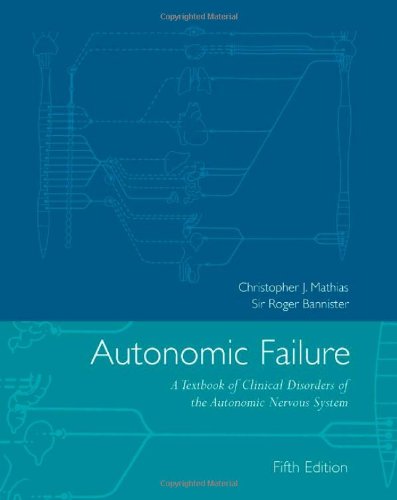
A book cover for Autonomic Failure: A Textbook of Clinical Disorders of the Autonomic Nervous System; Christopher J. Mathias; Self-Help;